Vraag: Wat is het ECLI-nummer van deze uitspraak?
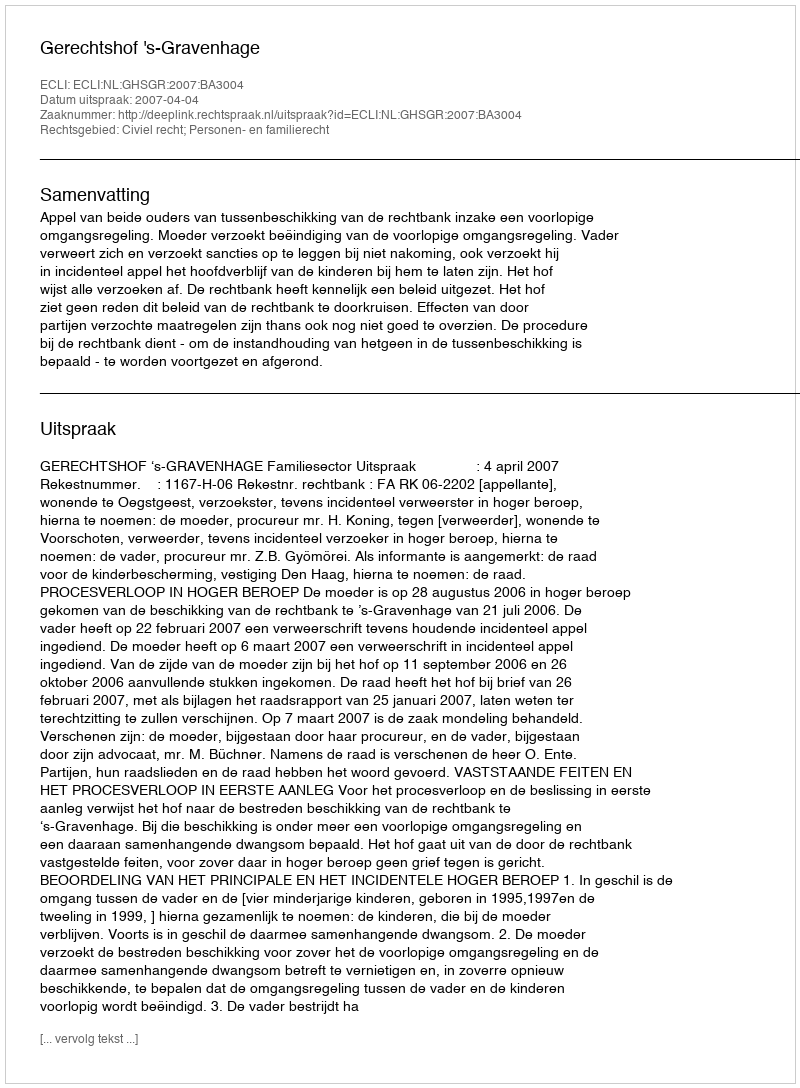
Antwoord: ECLI:NL:GHSGR:2007:BA3004